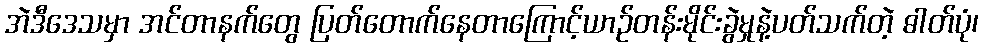
အဲဒီဒေသမှာ အင်တာနက်တွေ ပြတ်တောက်နေတာကြောင့်ယာဉ်တန်းမိုင်းခွဲမှုနဲ့ပတ်သက်တဲ့ ဓါတ်ပုံ၊